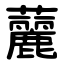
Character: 䕻